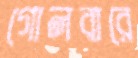
গোলবারে